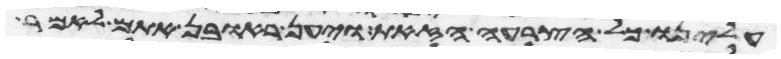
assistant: עלינו כל הצרה הזאת ויען ראובן אתם לאמר